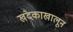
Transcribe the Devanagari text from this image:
खंदकाखालून